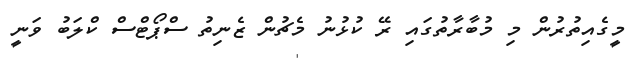
މީގެއިތުރުން މި މުބާރާތުގައި ރޭ ކުޅުނު މެޗުން ޒެނިތު ސްޕޯޓްސް ކްލަބު ވަނީ